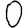
Digit: 0